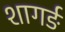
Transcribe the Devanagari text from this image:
शागर्ङ